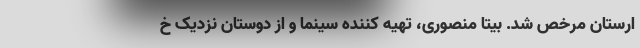
ارستان مرخص شد. بیتا منصوری، تهیه کننده سینما و از دوستان نزدیک خ